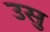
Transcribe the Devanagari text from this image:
उसु